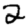
Digit: 2